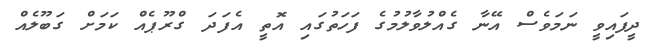
ދީފައިވީ ނަމަވެސް އޭނާ ގެއްލުވާލުމުގެ ފަހަތުގައި އޮތީ އެފަދަ ގްރޫޕެއް ކަމަށް ގަބޫލެއް